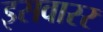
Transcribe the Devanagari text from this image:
इसवारर